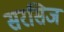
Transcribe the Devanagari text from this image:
सरसिज